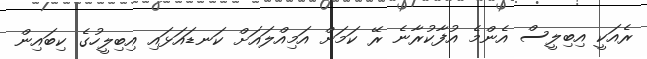
ރެއަކީ އިބިލީސް އެންމެ އުފާކުރާނެ ރޭ ކަމަށް އަމިއްލައަށް ކަނޑައަޅައި އިބިލީހުގެ ކިބައިން